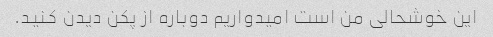
این خوشحالی من است امیدواریم دوباره از پکن دیدن کنید.